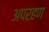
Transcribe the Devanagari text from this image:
अपरहण